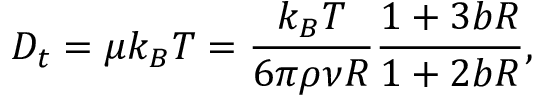
D _ { t } = \mu k _ { B } T = \frac { k _ { B } T } { 6 \pi \rho \nu R } \frac { 1 + 3 b R } { 1 + 2 b R } ,